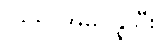
(၆၆) အိမ်ပိန္နဲသီး၊